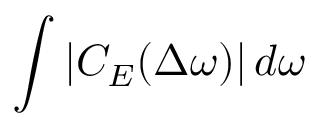
\int | C _ { E } ( \Delta \omega ) | \, d \omega